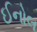
ઈનોલ